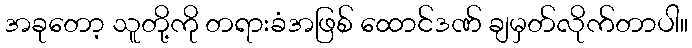
အခုတော့ သူတို့ကို တရားခံအဖြစ် ထောင်ဒဏ် ချမှတ်လိုက်တာပါ။